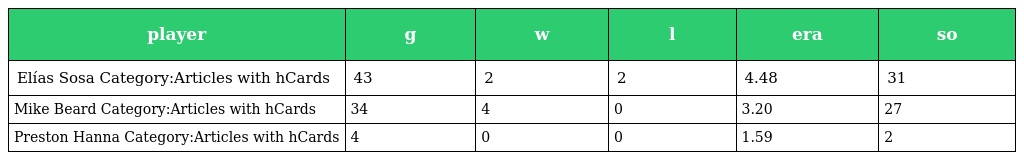
| player | g | w | l | era | so |
 | --- | --- | --- | --- | --- | --- |
 | Elías Sosa Category:Articles with hCards | 43 | 2 | 2 | 4.48 | 31 |
 | Mike Beard Category:Articles with hCards | 34 | 4 | 0 | 3.20 | 27 |
 | Preston Hanna Category:Articles with hCards | 4 | 0 | 0 | 1.59 | 2 |